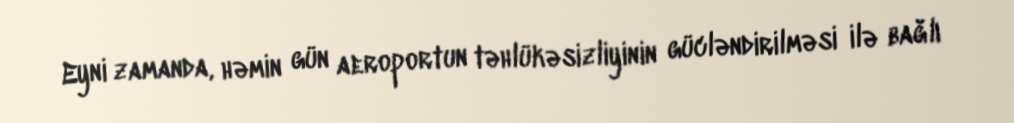
Eyni zamanda, həmin gün aeroportun təhlükəsizliyinin gücləndirilməsi ilə bağlı